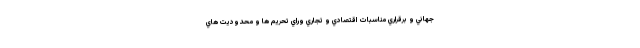
جهاني و برقراري مناسبات اقتصادي و تجاري وراي تحريم ها و محدوديت هاي